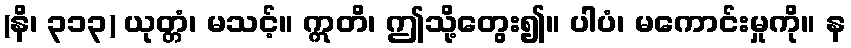
(နိ၊ ၃၁၃) ယုတ္တံ၊ မသင့်။ ဣတိ၊ ဤသို့တွေး၍။ ပါပံ၊ မကောင်းမှုကို။ န